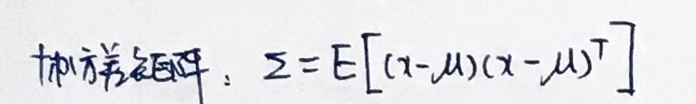
协方差矩阵：\(\Sigma = E[(x - \mu)(x - \mu)^T]\)